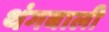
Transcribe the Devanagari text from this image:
थंगबाली